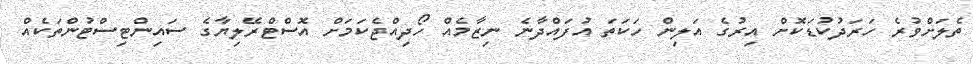
ތެލަށްވުރެ ހަރަދުކުޑަކޮށް އިރުގެ އަލިން ހަކަތަ އުފައްދާނެ ނިޒާމެއް ހޯދިއްޖެކަމަށް އޮސްޓްރޭލިޔާގެ ސައިންޓިސްޓުންތަކެއް